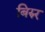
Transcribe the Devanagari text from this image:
बिरुर